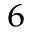
^ 6